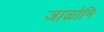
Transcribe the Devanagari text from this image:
जाळोनि